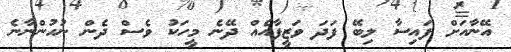
އޭނާއަށް ފައިސާ ލިބޭ ފަދަ ވަޒީފާއެއް ދޭނެ މީހަކު ވެސް ދެން ނުހުންނާނެ